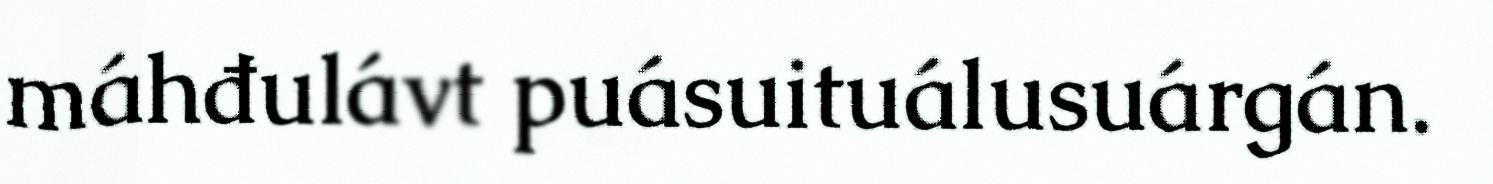
máhđulávt puásuituálusuárgán.